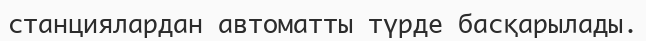
станциялардан автоматты түрде басқарылады.